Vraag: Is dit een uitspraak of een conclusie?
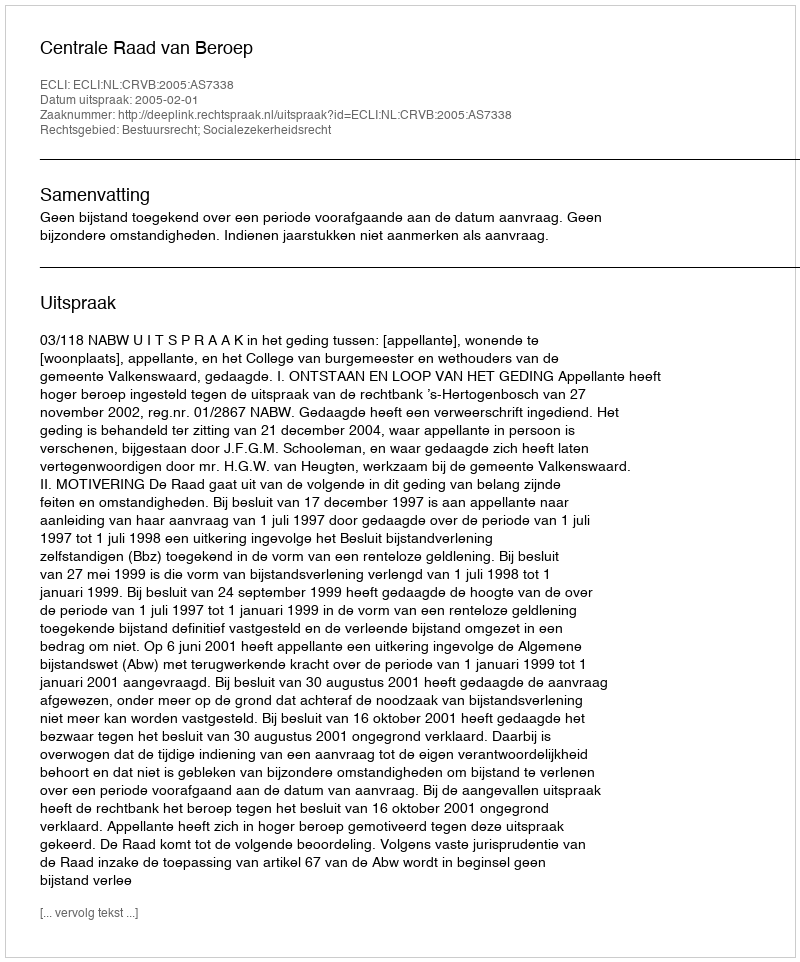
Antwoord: Uitspraak